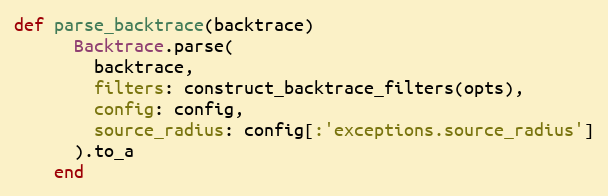
Language: Ruby
def parse_backtrace(backtrace)
      Backtrace.parse(
        backtrace,
        filters: construct_backtrace_filters(opts),
        config: config,
        source_radius: config[:'exceptions.source_radius']
      ).to_a
    end